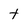
Character: t